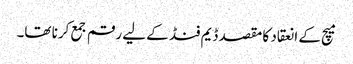
میچ کے انعقاد کا مقصد ڈیم فنڈ کے لیے رقم جمع کرنا تھا۔